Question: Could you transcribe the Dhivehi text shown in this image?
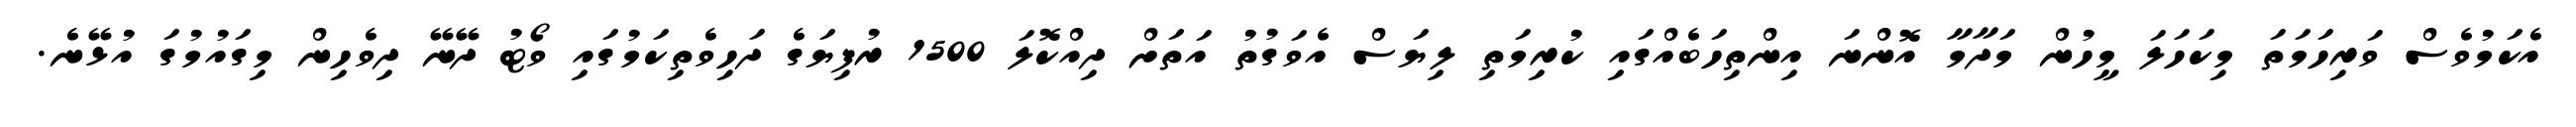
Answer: އެކަމުވެސް ވަރިހަމަތަ މިކަހަލަ މީހުން މަދާމާ އޮންނަ އިންތިހަބެއްގައި ކުރިމަތި ލިޔަސް އެވަގުތު އަތަށް ދިއްކޮލަ 1500 ރުފިޔަގެ ދަހިވެތިކަމުގައި ވޯޓު ދޭނޭ ދިވެހިން މިގައުމުގަ އުޅޭނެ.